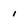
Character: i